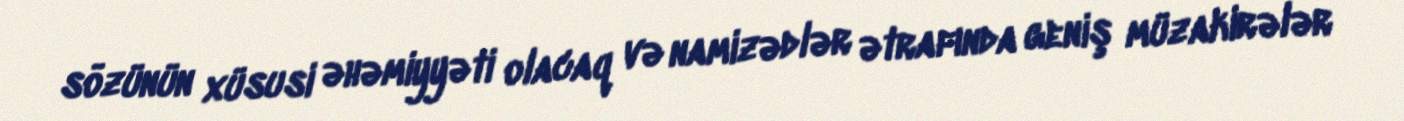
sözünün xüsusi əhəmiyyəti olacaq və namizədlər ətrafında geniş müzakirələr